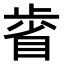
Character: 𣦉